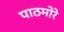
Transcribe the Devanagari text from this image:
पाठमोरे